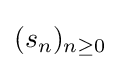
(s_{n})_{n\geq 0}